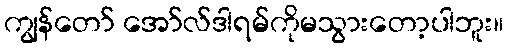
ကျွန်တော် အော်လ်ဒါရမ်ကိုမသွားတော့ပါဘူး။